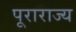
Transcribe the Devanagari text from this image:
पूराराज्य